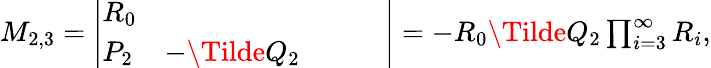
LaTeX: \begin{array}{r}{M_{2,3}=\left|\begin{array}{lllll}{R_{0}}&{}&{}&{}&{}\\ {P_{2}}&{-\Tilde{Q}_{2}}&{}&{}&{}\end{array}\right|=-R_{0}\Tilde{Q}_{2}\prod_{i=3}^{\infty}R_{i},}\end{array}